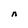
Character: n